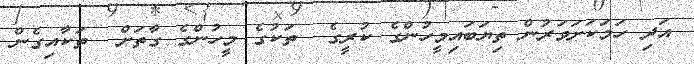
އަދި ހަމަކަށަވަރުން ތިޔަބައިމީހުންގެ ކުރީގެ  ތަކުގެ މީހުންގެ ގާތަށް  ތަކާއިގެން